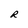
Character: R